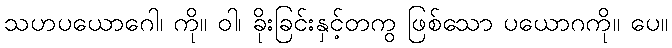
သဟပယောဂေါ၊ ကို။ ဝါ၊ ခိုးခြင်းနှင့်တကွ ဖြစ်သော ပယောဂကို။ ပေ။